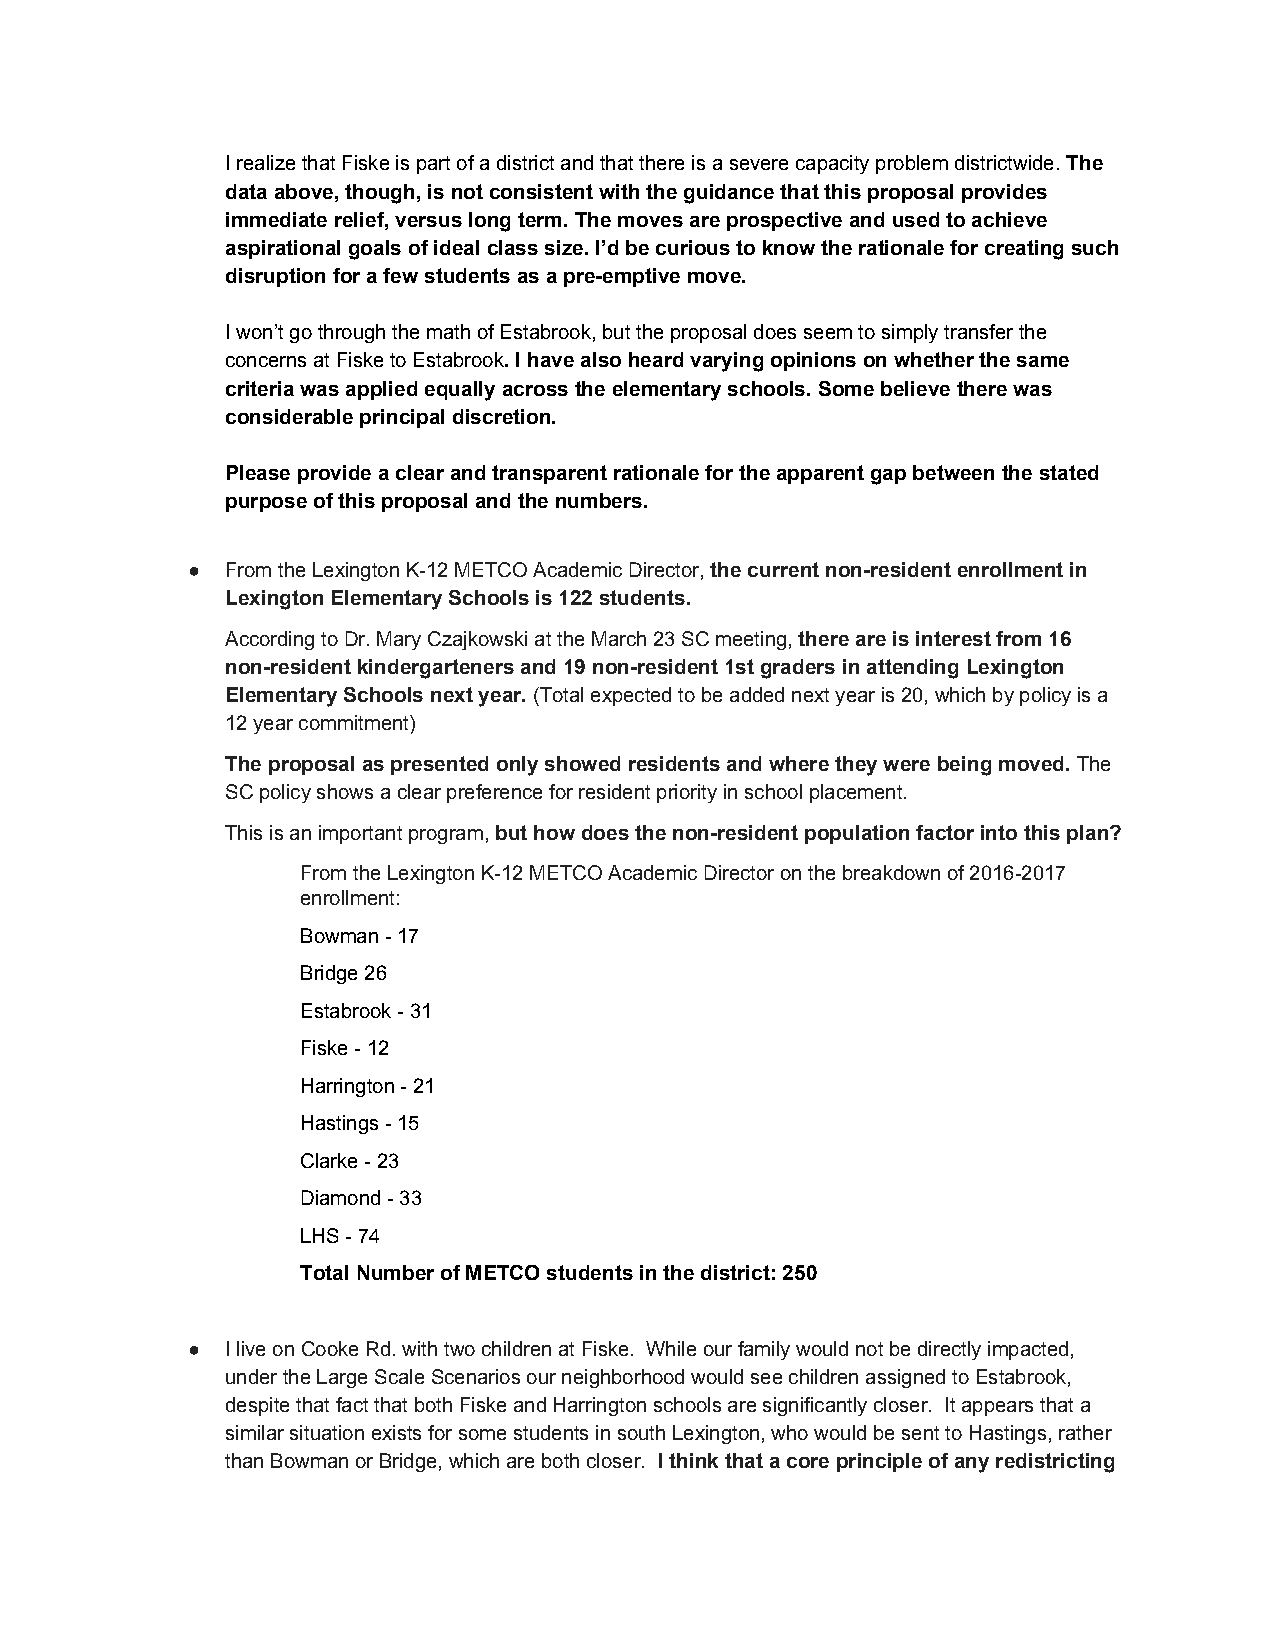
I realize that Fiske is part of a district and that there is a severe capacity problem districtwide. The
 ​
 data above, though, is not consistent with the guidance that this proposal provides
 immediate relief, versus long term. The moves are prospective and used to achieve
 aspirational goals of ideal class size. I’d be curious to know the rationale for creating such
 ​​
 disruption for a few students as a pre­emptive move.
 I won’t go through the math of Estabrook, but the proposal does seem to simply transfer the
 concerns at Fiske to Estabrook. I have also heard varying opinions on whether the same
 ​
 criteria was applied equally across the elementary schools. Some believe there was
 considerable principal discretion.
 Please provide a clear and transparent rationale for the apparent gap between the stated
 purpose of this proposal and the numbers.
 ●  From the Lexington K­12 METCO Academic Director, the current non­resident enrollment in
 ​
 Lexington Elementary Schools is 122 students.
 According to Dr. Mary Czajkowski at the March 23 SC meeting, there are is interest from 16
 ​
 non­resident kindergarteners and 19 non­resident 1st graders in attending Lexington
 Elementary Schools next year. (Total expected to be added next year is 20, which by policy is a
 ​
 12 year commitment)
 The proposal as presented only showed residents and where they were being moved. The
 ​
 SC policy shows a clear preference for resident priority in school placement.
 This is an important program, but how does the non­resident population factor into this plan?
 ​
 From the Lexington K­12 METCO Academic Director on the breakdown of 2016­2017
 enrollment:
 Bowman ­ 17
 Bridge 26
 Estabrook ­ 31
 Fiske ­ 12
 Harrington ­ 21
 Hastings ­ 15
 Clarke ­ 23
 Diamond ­ 33
 LHS ­ 74
 Total Number of METCO students in the district: 250
 ●  I live on Cooke Rd. with two children at Fiske. While our family would not be directly impacted,
 under the Large Scale Scenarios our neighborhood would see children assigned to Estabrook,
 despite that fact that both Fiske and Harrington schools are significantly closer. It appears that a
 similar situation exists for some students in south Lexington, who would be sent to Hastings, rather
 than Bowman or Bridge, which are both closer. I think that a core principle of any redistricting
 ​